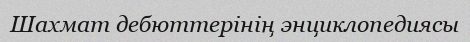
Шахмат дебюттерінің энциклопедиясы